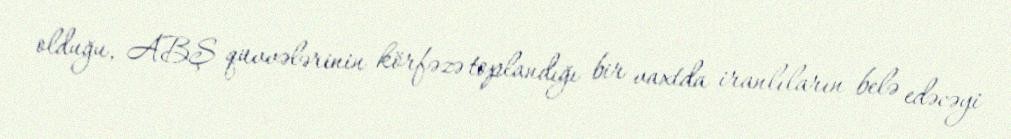
olduğu, ABŞ qüvvələrinin körfəzə toplandığı bir vaxtda iranlıların belə edəcəyi